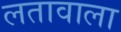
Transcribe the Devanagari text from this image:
लतावाला